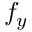
f _ { y }